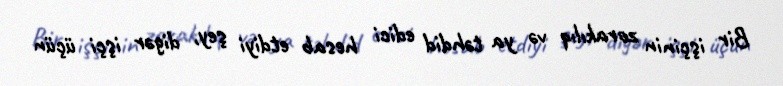
Bir işçinin zorakılıq və ya təhdid edici hesab etdiyi şey, digər işçi üçün